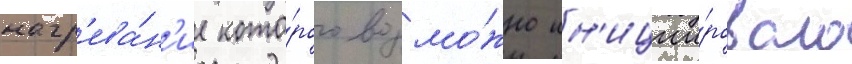
нагр'ева́н'ие кото́рого возмо́жно ин'иции́ровало